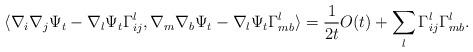
LaTeX: \begin{align*} \langle \nabla_i\nabla_j \Psi_t-\nabla_l\Psi_t\Gamma_{ij}^l, \nabla_m\nabla_b \Psi_t-\nabla_l\Psi_t\Gamma_{mb}^l\rangle =\frac{1}{2t}O(t)+\sum_l\Gamma_{ij}^l\Gamma_{mb}^l.\end{align*}